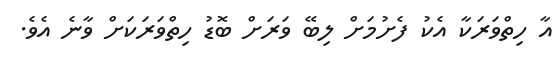
އާ ހިތްވަރަކާ އެކު ފެށުމަށް ލިބޭ ވަރަށް ބޮޑު ހިތްވަރަކަށް ވާނެ އެވެ.